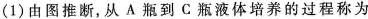
(1)由图推断，从A瓶到C瓶液体培养的过程称为